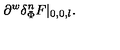
\partial ^ { w } \delta _ { \Phi } ^ { n } F | _ { 0 , 0 , l } .